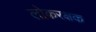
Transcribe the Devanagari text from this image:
लोकरक्षक